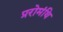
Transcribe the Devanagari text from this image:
प्ररोमंथि